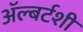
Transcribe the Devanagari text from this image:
ॲल्बर्टशी